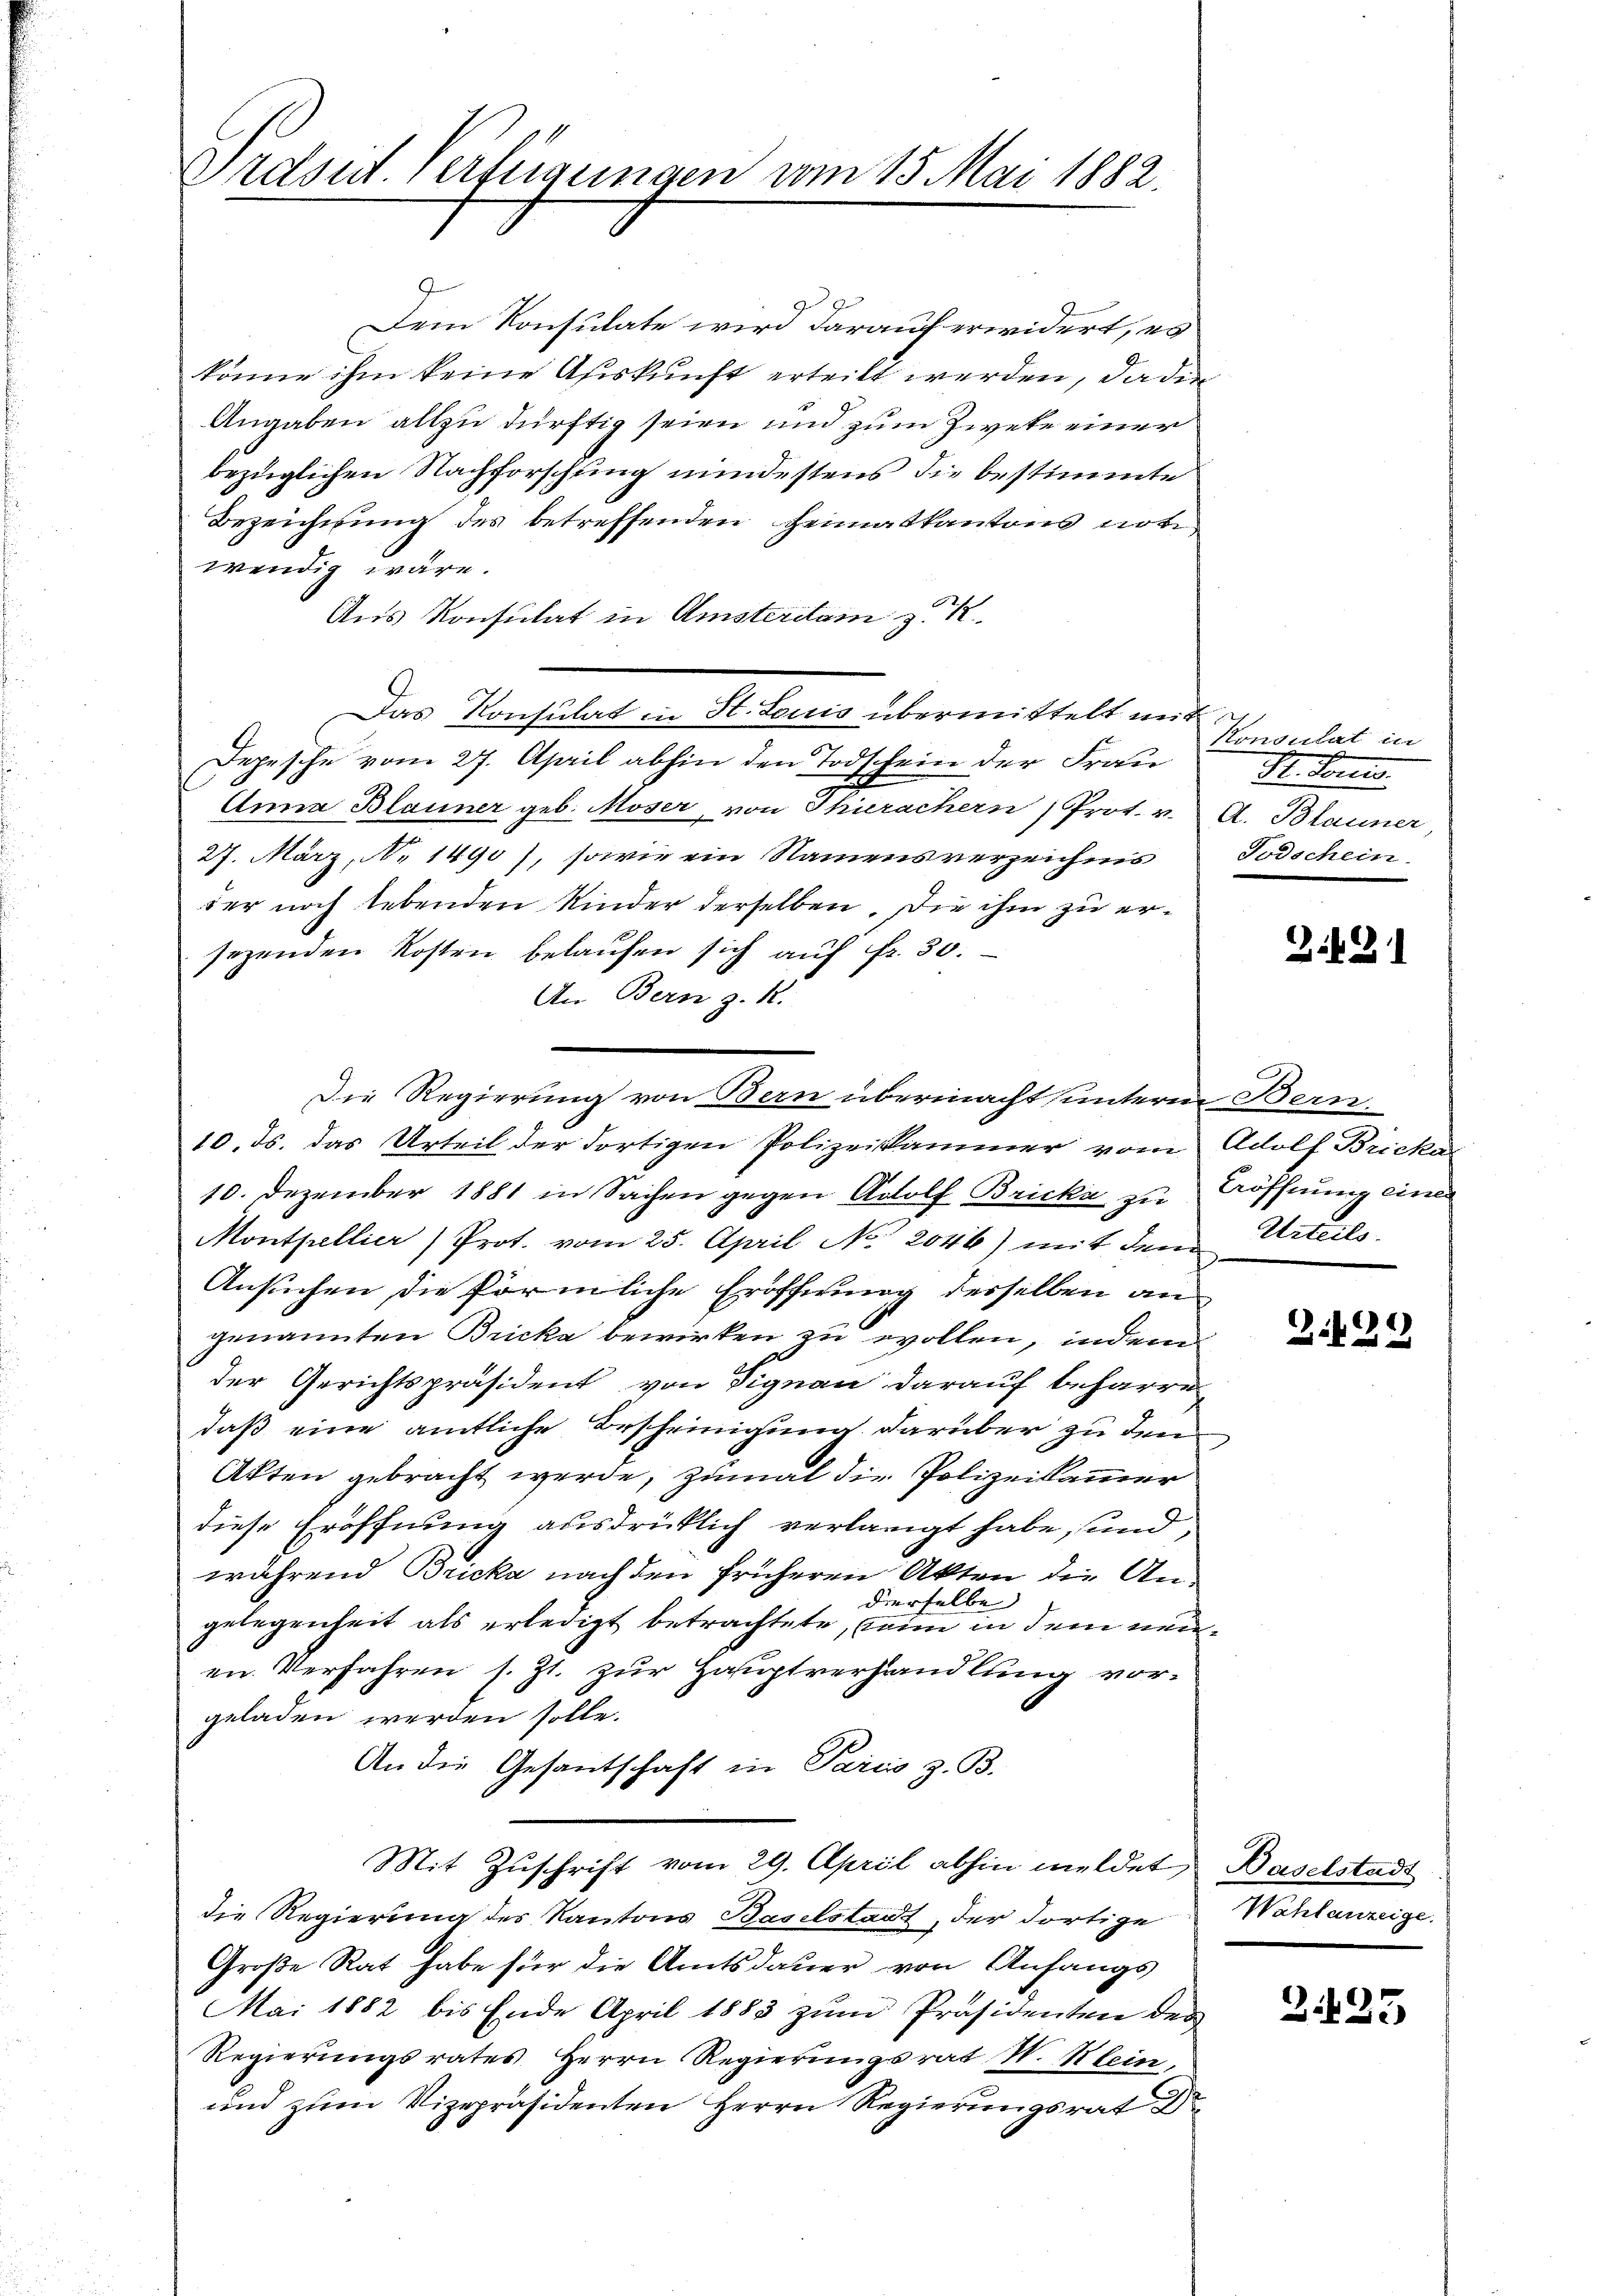
Ordsid. Verfügungen vom 15. Mai 1882.

Dem Konsulate wird darauf erwidert, es
könne ihm keine Auskunft erteilt werden, da der
Angaben allzu dürftig seien und zum Zweke einer
bezüglichen Nachforschung mindestens die bestimmte
Bezeichnung des betreffenden Heimatkantons notiwendig wäre.
Aus Konsulat in Amsterilam z. K
Depesche vom 27. April abhin den Todschein der Frau
Anna Blauner geb. Moser, von Thierachern Prot. v. A. Blauner,
27. März, No 1490), sowie ein Namensverzeichnis
ser noch lebenden Kinder derselben. Die ihm zu ersezenden Kosten belaufen sich auf Fr. 30.
An Bern z. K.
10. ds. das Urteil der dortigen Polizeikammer vom Adolf Bricke
10. Dezember 1881 in Sachen gegen Adolf Bricka zu Aöffnung einer
Montpellier Prot. vom 25. April No 2046) mit dem Urteils.
Ansuchen, die förmliche Eröffnung derselben an
genannten Bricka bewirken zu wollen, indem
der Gerichtspräsident von Signau darauf beharre
daß eine amtliche Bescheinigung darüber zu den
Akten gebracht werde, zumal die Polizeikammer
diese Eröffnung ausdrücklich verlangt habe, und
während Bricka nach den früheren Akten die Andierselbe
gelegenheit als erledigt betrachtete, seine in dem neuen Verfahren s. Zt. zur Hauptverhandlung vorgeladen werden solle.
An die Gesantschaft in Paris z. B.
Mit Zuschrift vom 29. April abhin meldet, Baselstadt
die Regierung des Kantons Baselstadt, der dortige
Große Rat habe für die Amtsdauer von Anfangs
Mai 1882 bis Ende April 1883 zum Präsidenten der
Regierungsrates Herrn Regierungsrat N. Klein,
und zum Vizepräsidenten Herrn Regierungsrat Dr.

Das Konsulat in St. Louis übermittelt mit

Die Regierung von Bern übermacht unteren Bern.

Konsulat in
St. Sonnes.
Todschein.

2

Z.429

Wahlanzeige.

2425